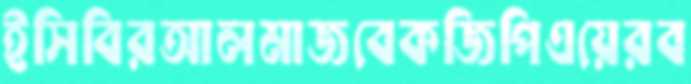
ইসিবিরআলমাজবেকজিপিএয়েরব